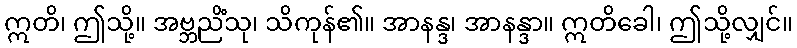
ဣတိ၊ ဤသို့။ အဗ္ဘညိံသု၊ သိကုန်၏။ အာနန္ဒ၊ အာနန္ဒာ။ ဣတိခေါ၊ ဤသို့လျှင်။